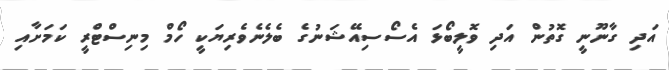
އަދި ގާނޫނީ ގޮތުން އަދި ވޮލީބޯޅަ އެސޯސިއޭޝަނުގެ ބެލެނެވެރިޔަކީ ހޯމް މިނިސްޓްރީ ކަމަށާއި